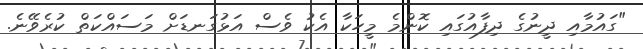
"ގައުމާއި ދީނުގެ ދިފާއުގައި ކޮންމެ މީހަކާ އެކު ވެސް އަޅުގަނޑަށް މަސައްކަތް ކުރެވޭނެ.